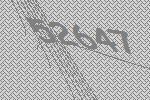
52647